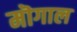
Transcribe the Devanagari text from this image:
मॊगाल